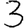
Digit: 3